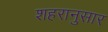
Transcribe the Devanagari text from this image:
शहरानुसार